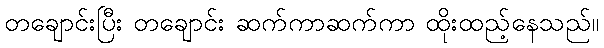
တချောင်းပြီး တချောင်း ဆက်ကာဆက်ကာ ထိုးထည့်နေသည်။